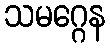
သမဂ္ဂေန